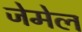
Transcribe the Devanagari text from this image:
जेमेल